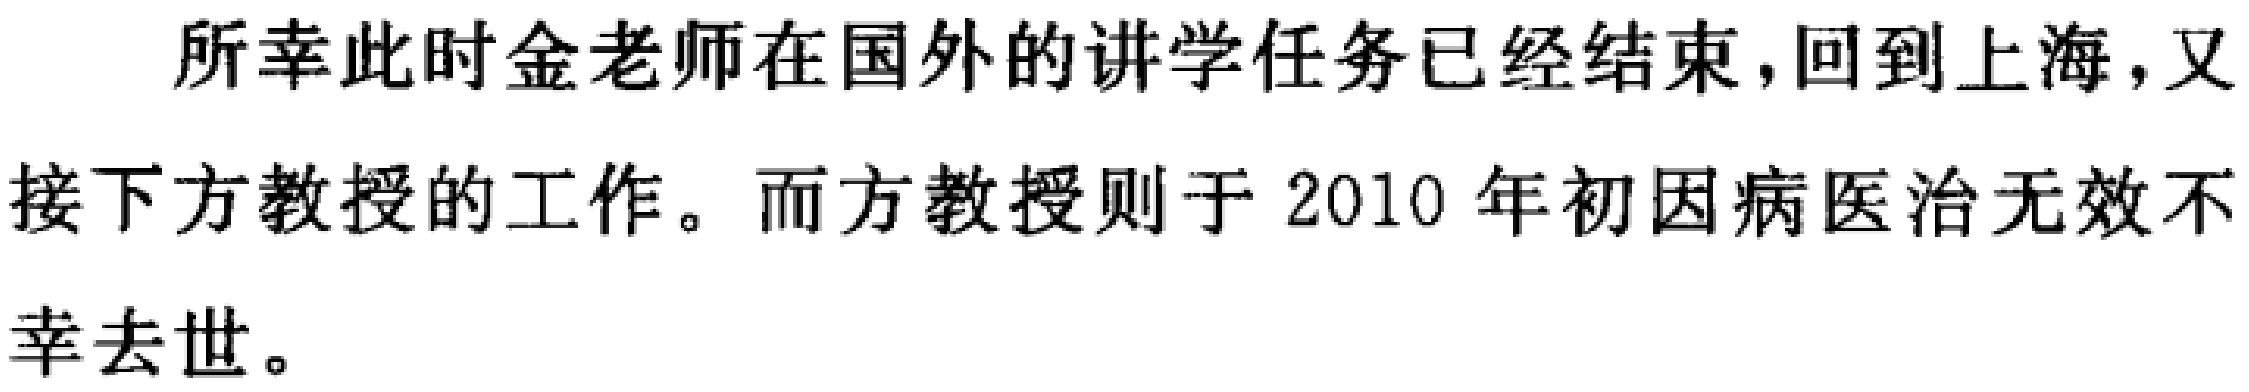
所幸此时金老师在国外的讲学任务已经结束，回到上海，又接下方教授的工作。而方教授则于 2010 年初因病医治无效不幸去世。